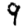
Digit: 9